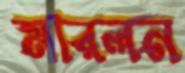
মারলন